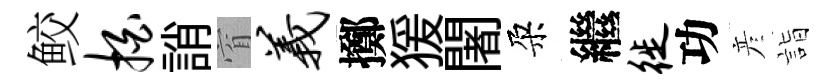
鲛拍誚窅义擲猨闍朶繼徙功彦詣